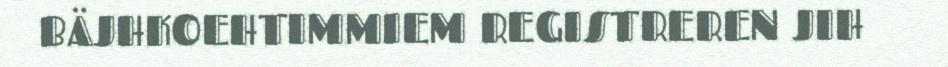
BÄJHKOEHTIMMIEM REGISTREREN JIH